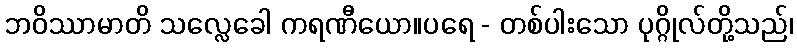
ဘဝိဿာမာတိ သလ္လေခေါ ကရဏီယော။ပရေ - တစ်ပါးသော ပုဂ္ဂိုလ်တို့သည်၊